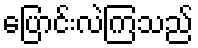
ပြောင်းလဲကြသည်